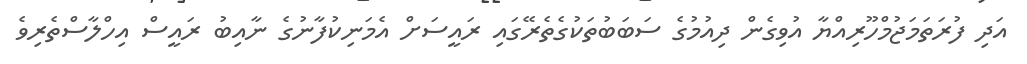
އަދި ފުރަތަމަޖުމްހޫރިއްޔާ އުވިގެން ދިއުމުގެ ސަބަބުތަކުގެތެރޭގައި ރައީސަށް އެމަނިކުފާނުގެ ނާއިބު ރައީސް އިހްލާސްތެރިވެ